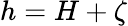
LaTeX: h=H+\zeta